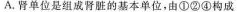
A.肾单位是组成肾脏的基本单位，由①②④构成